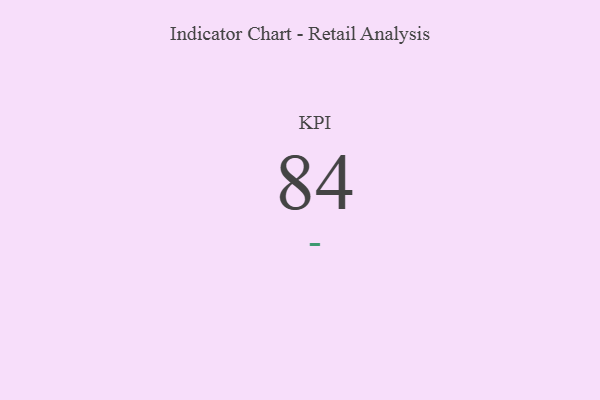
{"axis": {"x": "KPI", "y": "Value"}, "legend": [""], "data": [{"x": "KPI", "y": 84, "type": ""}]}